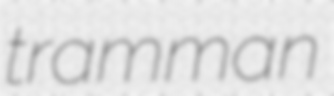
tramman